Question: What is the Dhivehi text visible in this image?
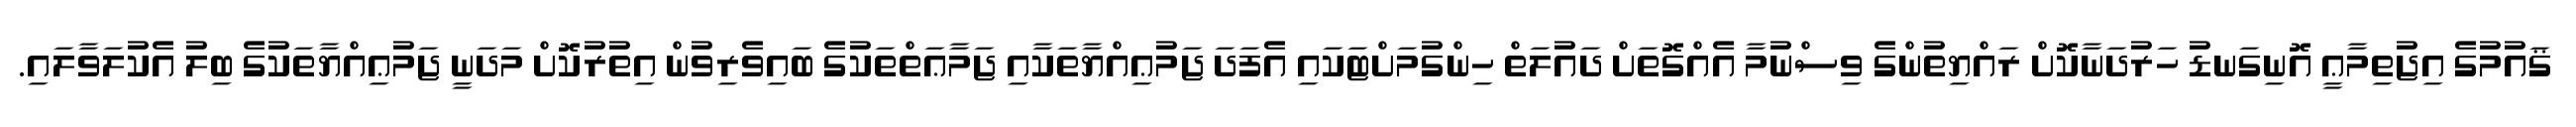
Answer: ޤައުމުގެ އިޖުތިމާޢީ އޮނިގަނޑު ހަރުދަނާކޮށް ރައްޔިތުންގެ ވިސްނުމާ އެއްގޮތަށް ދައުލަތް ހިންގުމަށްޓަކައި އެފަދަ ޖަމުޢިއްޔާތަކާއި ޖަމާޢަތްތަކުގެ ބައިވެރިވުން އިތުރުކޮށް މަދަނީ ޖަމުޢިއްޔާތަކުގެ ބިލު އެކުލަވާލައި.